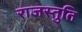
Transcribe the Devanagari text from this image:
राजस्तुति